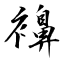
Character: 襣